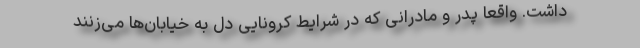
داشت. واقعا پدر و مادرانی که در شرایط کرونایی دل به خیابان‌ها می‌زنند